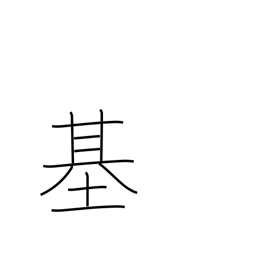
Meaning: counter for machines